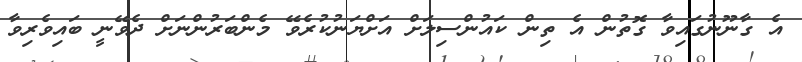
އެ ގާނޫނުގައިވާ ގޮތުން އެ ތިން ކައުންސިލަށް އަށްޔަނުކުރެވޭ މެންބަރުންނަށް ދެވޭނީ ބައިވެރިވާ